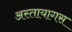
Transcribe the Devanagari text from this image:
अस्तायागस